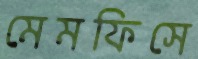
মেমফিসে